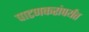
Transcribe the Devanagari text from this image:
पाटणकरांपर्यंत